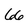
Character: 6